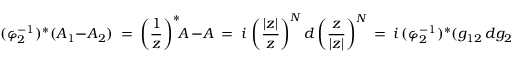
( \varphi _ { 2 } ^ { - 1 } ) ^ { \ast } ( A _ { 1 } - A _ { 2 } ) \ = \ \left( \frac { 1 } { z } \right) ^ { \ast } \! \! A \, - A \ = \ i \, \left( \frac { | z | } { z } \right) ^ { N } d \left( \frac { z } { | z | } \right) ^ { N } \, = \ i \, ( \varphi _ { 2 } ^ { - 1 } ) ^ { \ast } ( g _ { 1 2 } \, d g _ { 2 1 } ) \ ,